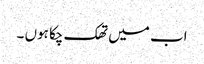
اب میں تھک چکا ہوں ۔